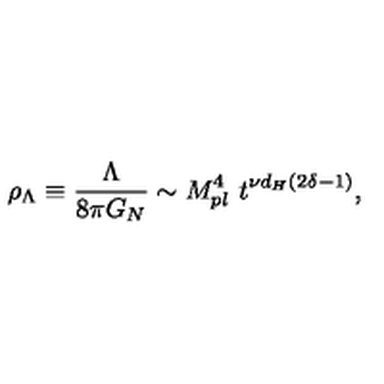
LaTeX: \rho _ { \Lambda } \equiv { \frac { \Lambda } { 8 \pi G _ { N } } } \sim M _ { p l } ^ { 4 } \ t ^ { \nu d _ { H } ( 2 \delta - 1 ) } ,